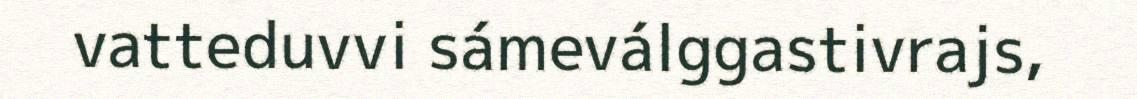
vatteduvvi sámeválggastivrajs,